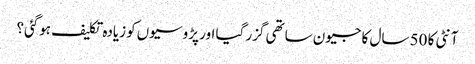
آنٹی کا 50 سال کا جیون ساتھی گزر گیا اور پڑوسیوں‌کو زیادہ تکلیف ہوگئی؟